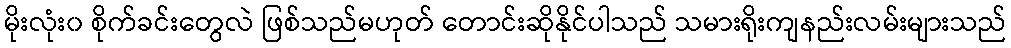
မိုးလုံး၀ စိုက်ခင်းတွေလဲ ဖြစ်သည်မဟုတ် တောင်းဆိုနိုင်ပါသည် သမားရိုးကျနည်းလမ်းများသည်